Reports on military cantonments and civil stations in the Presidency of Bombay inspected by the Sanitary Commissioner in the years 1875 and 1876
Year: 1875
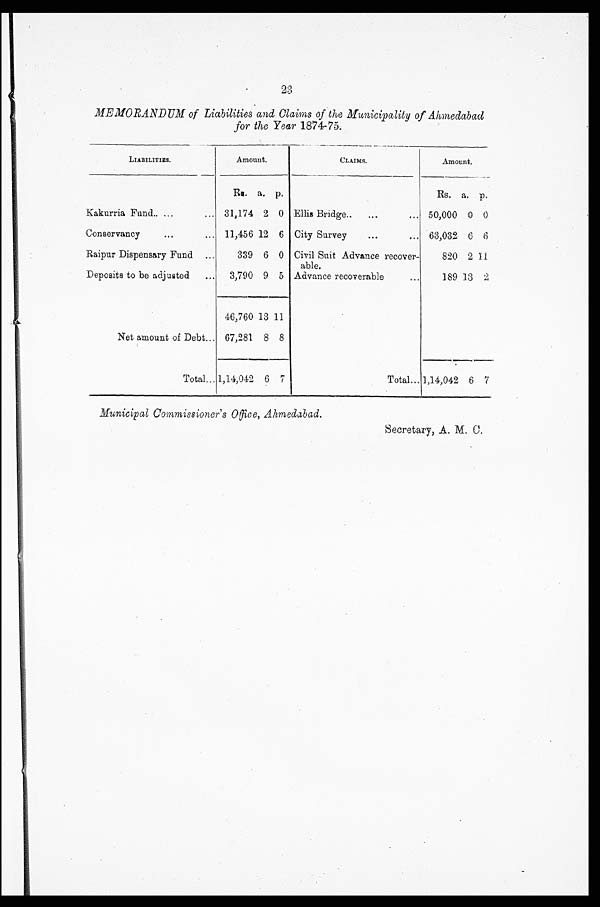
23
MEMORANDUM of Liabilities and Claims of the Municipality of Ahmedabad
for the Year 1874-75.
LIABILITIES.
Amount.
CLAIMS.
A m o u n t .
Rs. a. p.
Rs. a. p.
Kakurria Fund..
... 31,174 2 0 Ellis Bridge..
...
... 50,000 0 0
Conservancy
...
... 11,456 12 6 City Survey
...
... 63,032 6 6
Raipur Dispensary Fund ...
339 6 0 Civil Suit Advance recover-
able.
820 2 1 1
Deposits to be adjulated ... 3,790 9 5 Advance recoverable
...
189 13 2
46,760 13 11
Net amount of Debt... 67,281 8 8
Total... 1,14,042 6 7
Total... 1,14,042 6 7
Municipal Commissioner's Office, Ahmedabad.
Secretary, A. M. C.